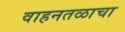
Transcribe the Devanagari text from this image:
वाहनतळाचा